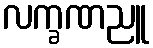
လက္ခဏညူ